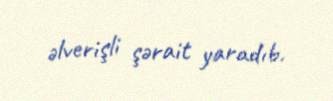
əlverişli şərait yaradıb.